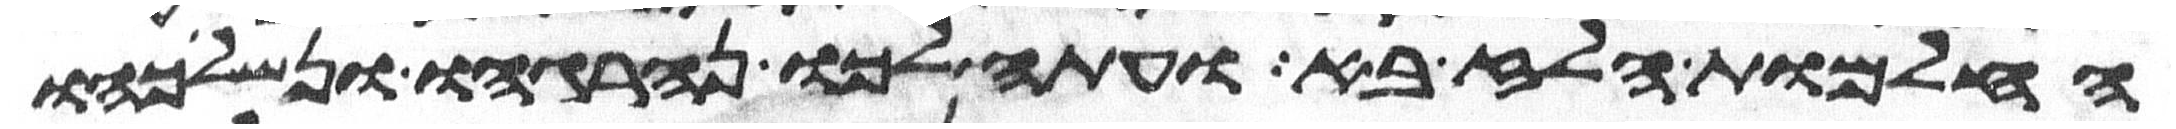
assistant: החלמות הלז בא ועתה לכו ונהרגהו ונשליכהו